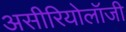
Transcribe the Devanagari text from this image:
असीरियोलॉजी